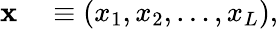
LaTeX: \begin{array}{rl}{\mathbf{x}}&{{}\equiv\left(x_{1},x_{2},\dots,x_{L}\right),}\end{array}